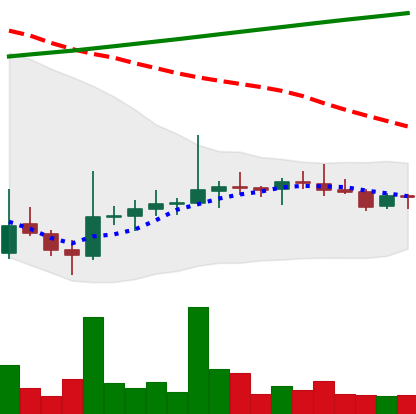
Ticker: DOGE-USD
Chart end date: 2021-08-05
Forward return: 28.039%
Label: up_7plus